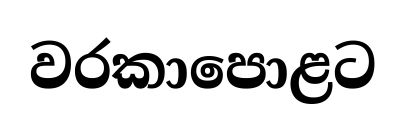
වරකාපොළට